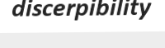
discerpibility